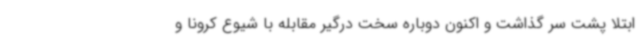
ابتلا پشت سر گذاشت و اکنون دوباره سخت درگیر مقابله با شیوع کرونا و